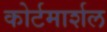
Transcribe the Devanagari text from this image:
कोर्टमार्शल